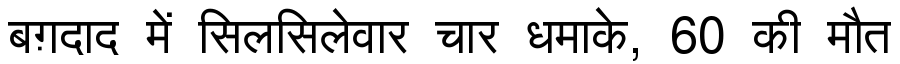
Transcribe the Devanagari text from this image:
बग़दाद में सिलसिलेवार चार धमाके, 60 की मौत